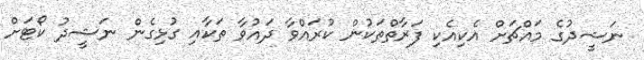
ނަޝީދުގެ މައްޗަށް އެކިއެކި ފަރާތްތަކުން ކުރައްވާ ދައުވާ ތަކާއި ގުޅިގެން ނަޝީދު ކޯޓަށް